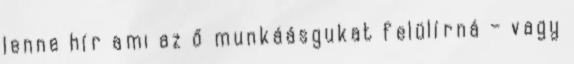
lenne hír ami az ő munkáásgukat felülírná – vagy